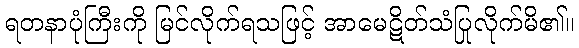
ရတနာပုံကြီးကို မြင်လိုက်ရသဖြင့် အာမေဋိတ်သံပြုလိုက်မိ၏။